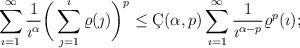
LaTeX: \begin{align*} \sum_{\imath=1}^{\infty}\frac{1}{\imath^\alpha}\bigg(\sum_{\jmath=1}^{\imath}\varrho(\jmath)\bigg)^p \leq \c{C}(\alpha,p)\sum_{\imath=1}^{\infty}\frac{1}{\imath^{\alpha-p}}\varrho^p(\imath);\end{align*}